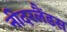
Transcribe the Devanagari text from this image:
नीदरलैंडस